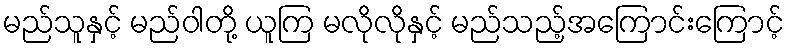
မည်သူနှင့် မည်ဝါတို့ ယူကြ မလိုလိုနှင့် မည်သည့်အကြောင်းကြောင့်